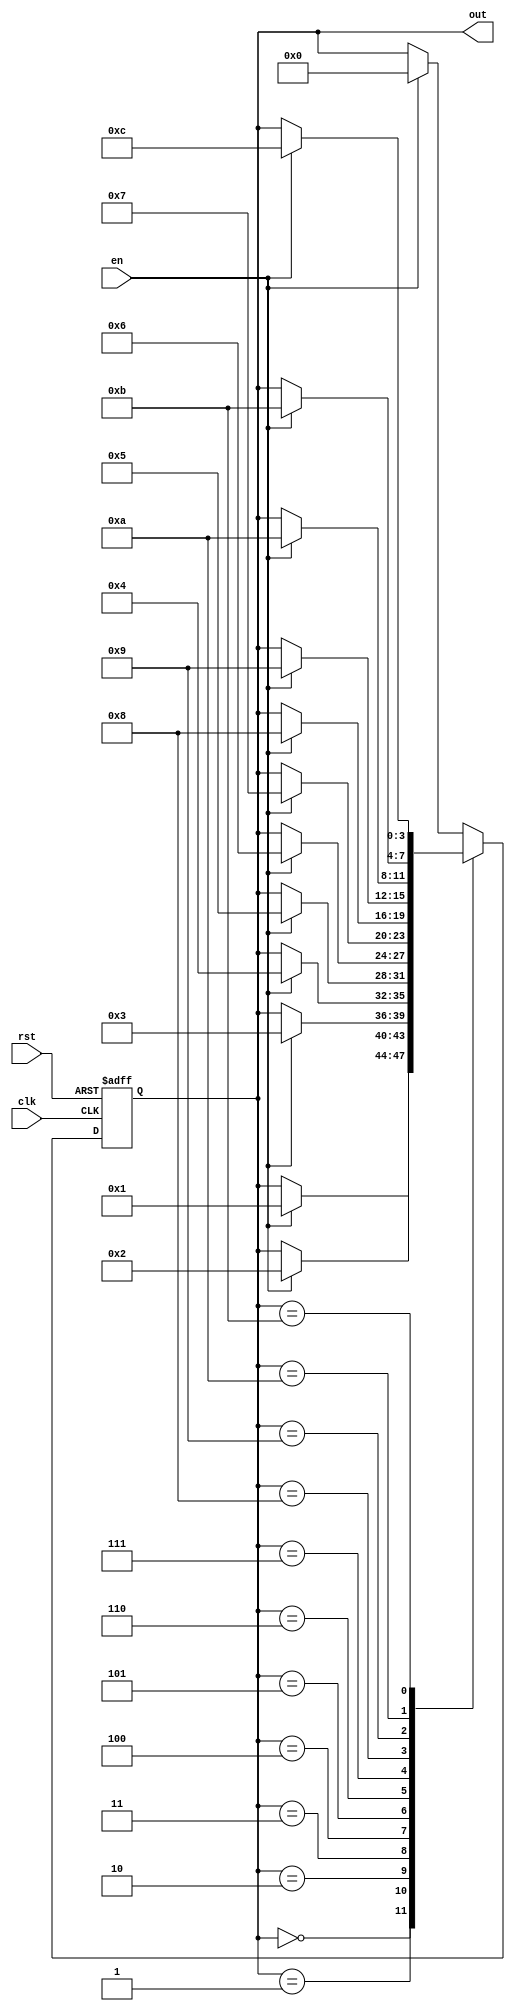
module counter (input clk, rst, en, output [3:0] out);

	reg [3:0] ps, ns;
	
	always @(*) begin
		ns = 4'd0;
		case(ps)
			4'd0: ns = en ? 4'd1 : ps;
			4'd1: ns = en ? 4'd2 : ps;
			4'd2: ns = en ? 4'd3 : ps;
			4'd3: ns = en ? 4'd4 : ps;
			4'd4: ns = en ? 4'd5 : ps;
			4'd5: ns = en ? 4'd6 : ps;
			4'd6: ns = en ? 4'd7 : ps;
			4'd7: ns = en ? 4'd8 : ps;
			4'd8: ns = en ? 4'd9 : ps;
			4'd9: ns = en ? 4'd10 : ps;
			4'd10: ns = en ? 4'd11 : ps;
			4'd11: ns = en ? 4'd12 : ps;
			default: ns = en ? 4'd0 : ps;
		endcase
	end
	
	always @(posedge clk, posedge rst) begin
		if (rst)
			ps <= 4'b0;
		else
			ps <= ns;
	end
	
	assign out = ps;
	
endmodule